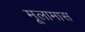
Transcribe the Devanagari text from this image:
मूलामास